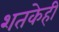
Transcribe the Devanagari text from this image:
शतकेही